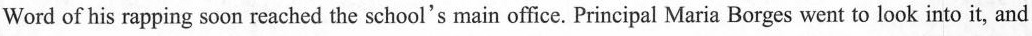
Word of his rapping soon reached the school's main office. Principal Maria Borges went to look into it, and